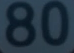
80